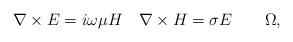
LaTeX: \begin{align*}\nabla\times E=i\omega\mu H\quad\nabla\times H=\sigma E \quad\quad\Omega,\end{align*}